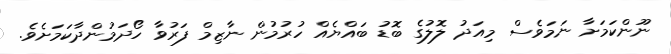
ނޫންކަމަށާ ނަމަވެސް މިއަދު ލޮލުގެ ބޮޑު ބައްޔެއް ހުރުމުން ނާޒިމް ފަރުވާ ހޯދަމުންދާކަމަށެވެ.